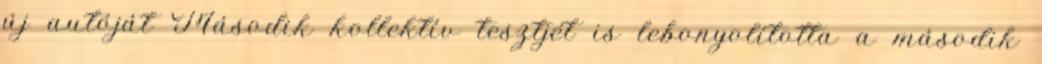
új autóját Második kollektív tesztjét is lebonyolította a második